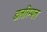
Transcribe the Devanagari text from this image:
डालरिम्पल